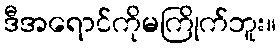
ဒီအရောင်ကိုမကြိုက်ဘူး။